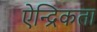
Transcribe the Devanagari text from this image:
ऐन्द्रिकता